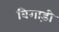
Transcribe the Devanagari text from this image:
बिगाड़ी